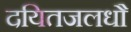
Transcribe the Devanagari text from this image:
दयितजलधौ